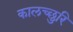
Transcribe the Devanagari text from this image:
कालच्छुरि